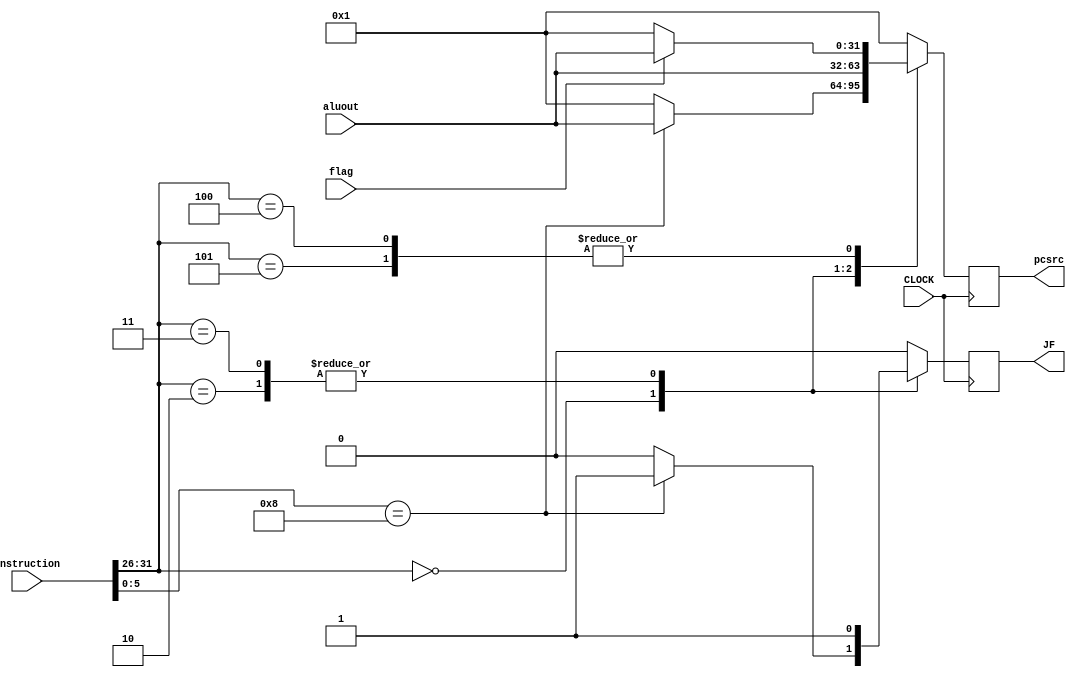
`timescale 100fs/100fs

module contrl2 (
    input CLOCK,
    input [31:0] instruction,
    input [31:0] aluout,
    input flag,
    output JF,
    output [31:0] pcsrc
);

reg [5:0] op, func;
reg f; //JF
reg f2;//flag
reg[31:0] addr;
always @(posedge CLOCK) begin
    op = instruction[31:26];
    func = instruction[5:0];
    f = 1'b0;
    f2 = flag;
    case (op)
        6'b000000: begin
            case (func)
                6'b001000: begin
                    f = 1'b1;
                    addr = aluout;
                end
            default: begin
                addr = 32'b00000000000000000000000000000001;
            end
            endcase
        end
        6'b000010: begin
            f = 1'b1;
            addr = aluout;
        end
        6'b000011: begin
            f = 1'b1;
            addr = aluout;
        end
        6'b000100: begin
            if (f2 == 1'b1) begin
                addr = aluout;
            end
            else begin
                addr = 32'b00000000000000000000000000000001;
            end
        end
        6'b000101: begin
            if (f2 == 1'b1) begin
                addr = aluout;
            end
            else begin
                addr = 32'b00000000000000000000000000000001;
            end
        end
        default: begin
            addr = 32'b00000000000000000000000000000001;
        end
    endcase
end
assign JF = f;
assign pcsrc[31:0] = addr[31:0];   
endmodule